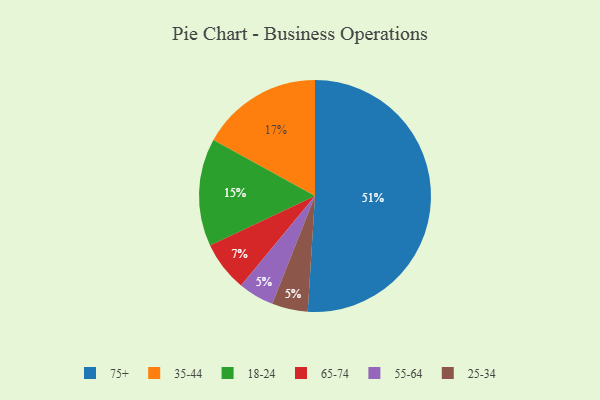
{"axis": {"x": "Category", "y": "Percentage"}, "legend": ["18-24", "25-34", "35-44", "55-64", "65-74", "75+"], "data": [{"x": "35-44", "y": 17, "type": "35-44"}, {"x": "55-64", "y": 5, "type": "55-64"}, {"x": "65-74", "y": 7, "type": "65-74"}, {"x": "75+", "y": 51, "type": "75+"}, {"x": "18-24", "y": 15, "type": "18-24"}, {"x": "25-34", "y": 5, "type": "25-34"}]}